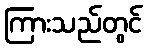
ကြားသည်တွင်